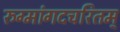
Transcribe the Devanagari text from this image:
रुग्मांगदचरितम्